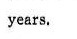
years.